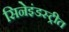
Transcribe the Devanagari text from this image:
सिनेइंडस्ट्रीत